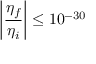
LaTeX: \left| \frac { \eta _ { f } } { \eta _ { i } } \right| \le 1 0 ^ { - 3 0 }